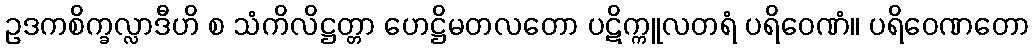
ဥဒကစိက္ခလ္လာဒီဟိ စ သံကိလိဋ္ဌတ္တာ ဟေဋ္ဌိမတလတော ပဋိက္ကူလတရံ ပရိဝေဏံ။ ပရိဝေဏတော